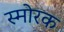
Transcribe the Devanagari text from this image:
स्माेरक